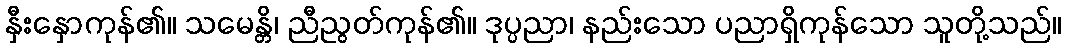
နှီးနှောကုန်၏။ သမေန္တိ၊ ညီညွတ်ကုန်၏။ ဒုပ္ပညာ၊ နည်းသော ပညာရှိကုန်သော သူတို့သည်။